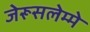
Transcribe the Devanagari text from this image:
जेरूसलेम्मे